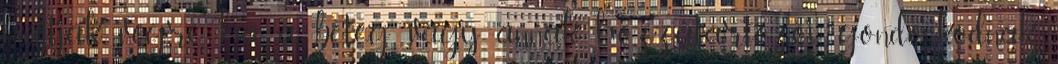
hajtják végre, ha a beteg, vagy annak hozzátartozói gondoskodnak